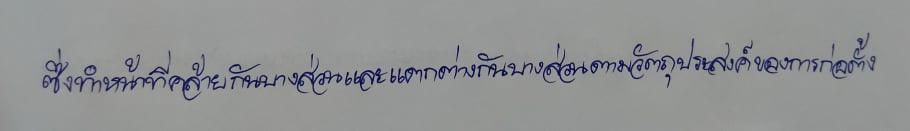
ซึ่งทำหน้าที่คล้ายกันบางส่วนและแตกต่างกันบางส่วนตามวัตถุประสงค์ของการก่อตั้ง